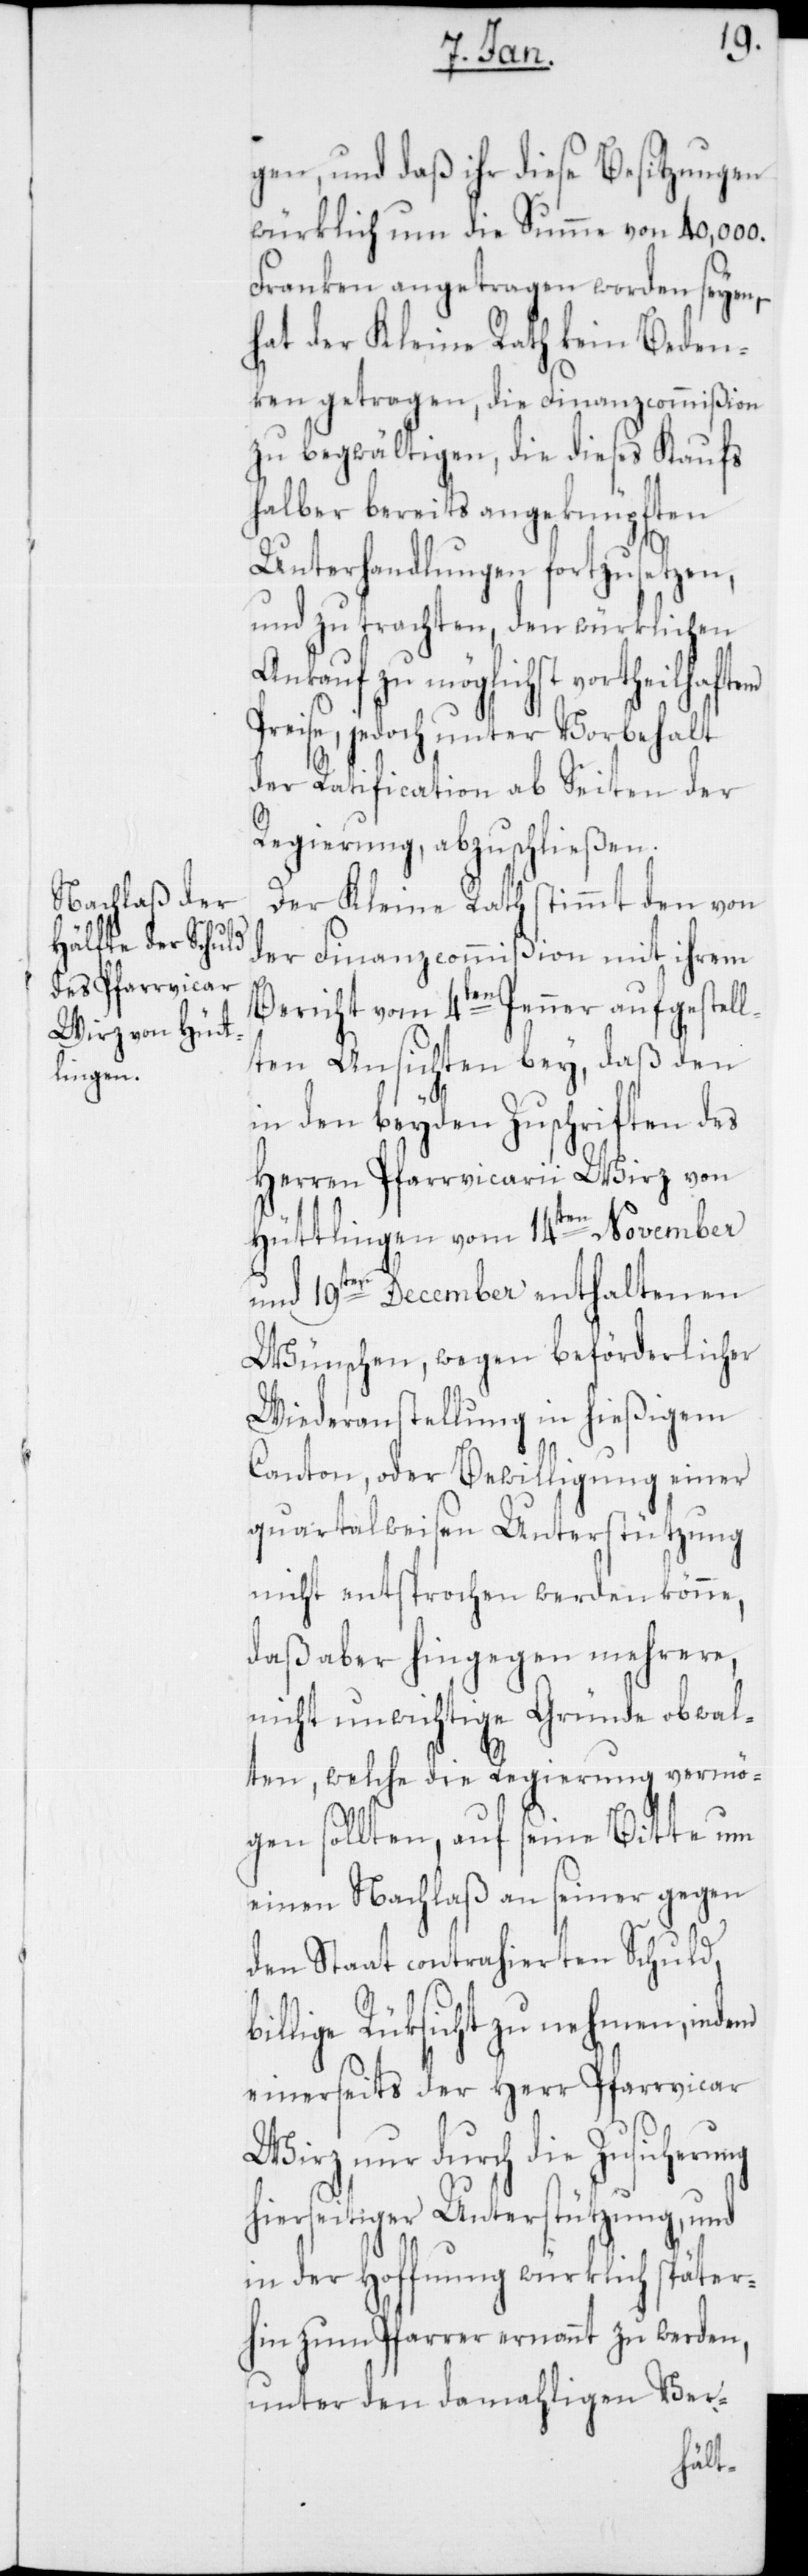
b¬
gen, und daß ihr diese Besitzungen
würklich um die Summe von 40,000.
Franken angetragen worden seyen,
hat der Kleine Rath kein Beden¬
ken getragen, die Finanzcommißion
zu begwältigen, die dieses Kaufs
halber bereits angeknüpften
Unterhandlungen fortzusetzen,
und zu trachten, den würklichen
Ankauf zu möglichst vortheil¬
Preise, jedoch unter Vorbehalt
der Ratification ab Seiten der
Regierung, abzuschließen.
Der Kleine Rath stimmt den von
der Finanzcommißion mit ihrem
Bericht vom 4ten Jenner aufgestell¬
ten Ansichten bey, daß den
in den beyden Zuschriften des
Herren Pfarrvicarii Wirz von
Hüttlingen vom 14ten November
und 19ten December enthaltenen
Wünschen, wegen beförderlicher
Wiederanstellung in hießigem
Canton, oder Bewilligung einer
quartalweisen Unterstützung
nicht entsprochen werden könne,
daß aber hingegen mehrere,
nicht unwichtige Gründe obwal¬
ten, welche die Regierung vermö¬
gen sollten, auf seine Bitte um
einen Nachlaß an seiner gegen
den Staat contrahierten Schuld,
illige Rüksicht zu nehmen, indem
einerseits der Herr Pfarrvicar
Wirz nur durch die Zusicherung
hierseitiger Unterstützung, und
in der Hoffnung würklich später¬
hin zum Pfarrer ernannt zu werden,
unter den damahligen Ver-
haftem